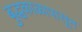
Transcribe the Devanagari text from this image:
बुद्धकाळापासून